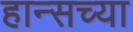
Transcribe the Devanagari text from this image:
हान्सच्या